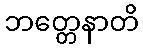
ဘတ္တေနာတိ